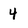
Character: 4